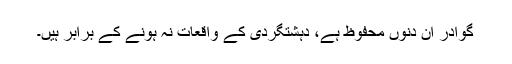
گوادر ان دنوں محفوظ ہے، دہشتگردی کے واقعات نہ ہونے کے برابر ہیں۔